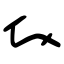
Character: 𧘇